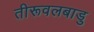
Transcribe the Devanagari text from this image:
तीरूवलबाडु